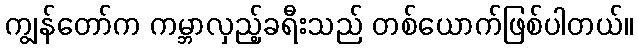
ကျွန်တော်က ကမ္ဘာလှည့်ခရီးသည် တစ်ယောက်ဖြစ်ပါတယ်။